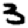
Digit: 3